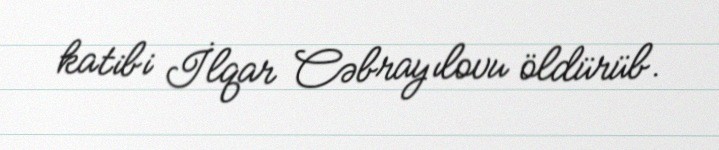
katibi İlqar Cəbrayılovu öldürüb.